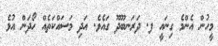
މީހުން އެންމެ ގިނައީ ފ. ދަރަނބޫދޫ ގައެވެ. އަދި މަސައްކަތެއް ހޯދަން އުޅެ